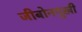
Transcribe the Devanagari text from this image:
जीबोनमुखी